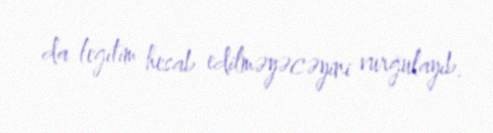
da legitim hesab edilməyəcəyini vurğulayıb.